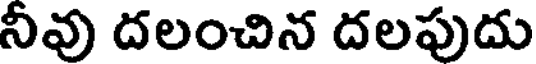
నీవు దలంచిన దలపుదు